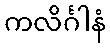
ကလိင်္ဂါနံ